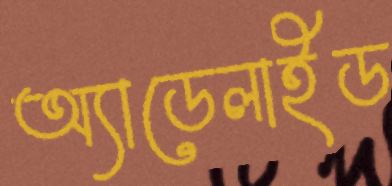
অ্যাডেলাইড